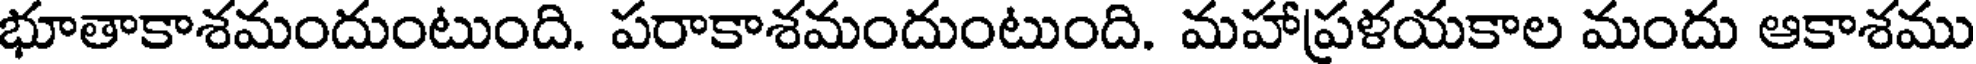
భూతాకాశమందుంటుంది. పరాకాశమందుంటుంది. మహాప్రళయకాల మందు ఆకాశము